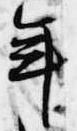
年